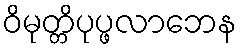
ဝိမုတ္တိပုပ္ဖလာဘေန